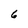
Character: 6